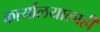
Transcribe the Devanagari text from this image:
कार्यालयालाही